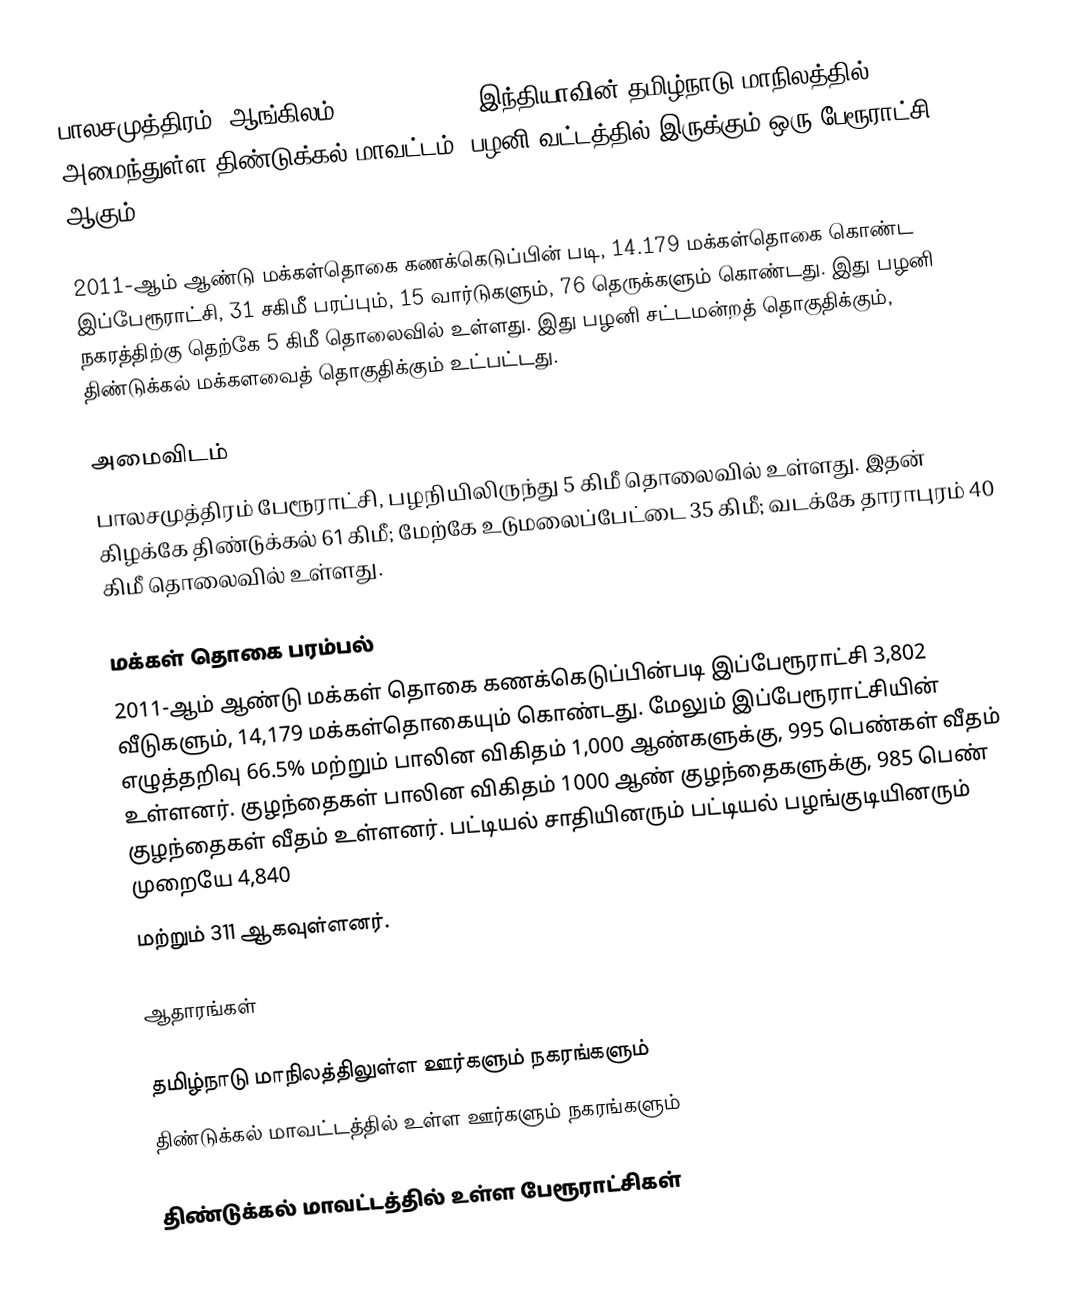
பாலசமுத்திரம் (ஆங்கிலம்:Balasamudram), இந்தியாவின் தமிழ்நாடு மாநிலத்தில் அமைந்துள்ள திண்டுக்கல் மாவட்டம், பழனி வட்டத்தில் இருக்கும் ஒரு பேரூராட்சி ஆகும்.

2011-ஆம் ஆண்டு மக்கள்தொகை கணக்கெடுப்பின் படி, 14.179 மக்கள்தொகை கொண்ட இப்பேரூராட்சி, 31 சகிமீ பரப்பும், 15 வார்டுகளும், 76 தெருக்களும் கொண்டது. இது பழனி நகரத்திற்கு தெற்கே 5 கிமீ தொலைவில் உள்ளது. இது பழனி சட்டமன்றத் தொகுதிக்கும், திண்டுக்கல் மக்களவைத் தொகுதிக்கும் உட்பட்டது.

அமைவிடம்
பாலசமுத்திரம் பேரூராட்சி,  பழநியிலிருந்து 5 கிமீ தொலைவில் உள்ளது. இதன் கிழக்கே திண்டுக்கல் 61 கிமீ; மேற்கே உடுமலைப்பேட்டை 35 கிமீ; வடக்கே தாராபுரம் 40 கிமீ தொலைவில் உள்ளது.

மக்கள் தொகை பரம்பல்
2011-ஆம் ஆண்டு மக்கள் தொகை கணக்கெடுப்பின்படி   இப்பேரூராட்சி    3,802   வீடுகளும், 14,179 மக்கள்தொகையும் கொண்டது. மேலும் இப்பேரூராட்சியின் எழுத்தறிவு  66.5% மற்றும்  பாலின விகிதம் 1,000 ஆண்களுக்கு, 995 பெண்கள் வீதம் உள்ளனர். குழந்தைகள் பாலின விகிதம் 1000 ஆண் குழந்தைகளுக்கு, 985  பெண் குழந்தைகள் வீதம் உள்ளனர்.  பட்டியல் சாதியினரும் பட்டியல் பழங்குடியினரும்  முறையே 4,840
மற்றும் 311 ஆகவுள்ளனர்.

ஆதாரங்கள்

 தமிழ்நாடு மாநிலத்திலுள்ள ஊர்களும் நகரங்களும்
 திண்டுக்கல் மாவட்டத்தில் உள்ள ஊர்களும் நகரங்களும்

திண்டுக்கல் மாவட்டத்தில் உள்ள பேரூராட்சிகள்